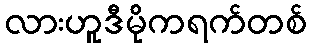
လားဟူဒီမိုကရက်တစ်